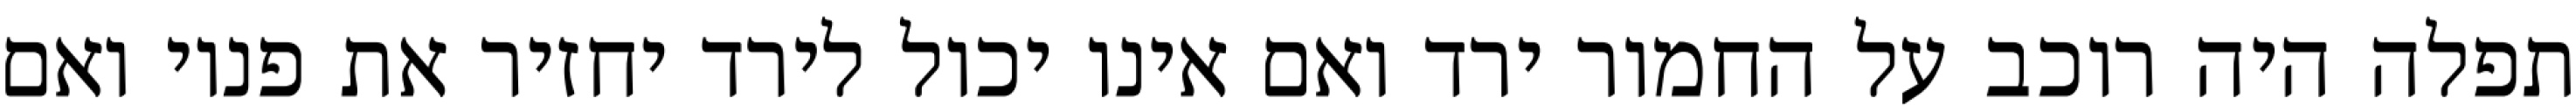
תפלה היה רוכב על החמור ירד ואם אינו יכול לירד יחזיר את פניו ואם